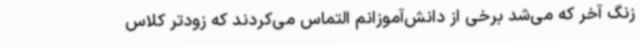
زنگ آخر که می‌شد برخی از دانش‌آموزانم التماس می‌کردند که زودتر کلاس